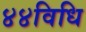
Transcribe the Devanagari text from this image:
४४विधि